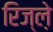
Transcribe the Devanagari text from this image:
रिज्ल़े